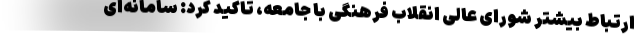
ارتباط بیشتر شورای عالی انقلاب فرهنگی با جامعه، تاکید کرد: سامانه‌ای